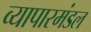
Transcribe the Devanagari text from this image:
व्यापारमंडल